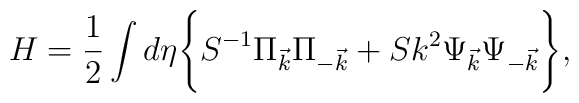
H=\frac{1}{2} \int d\eta \Biggl\{  S^{-1} \Pi_{\vec{k}}\Pi_{-\vec{k}} + S k^2 \Psi_{\vec{k}}\Psi_{-\vec{k}}\Biggr\},